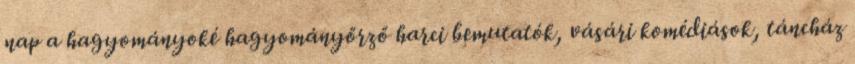
nap a hagyományoké hagyományőrző harci bemutatók, vásári komédiások, táncház